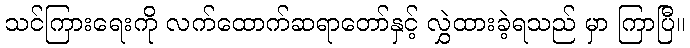
သင်ကြားရေးကို လက်ထောက်ဆရာတော်နှင့် လွှဲထားခဲ့ရသည် မှာ ကြာပြီ။